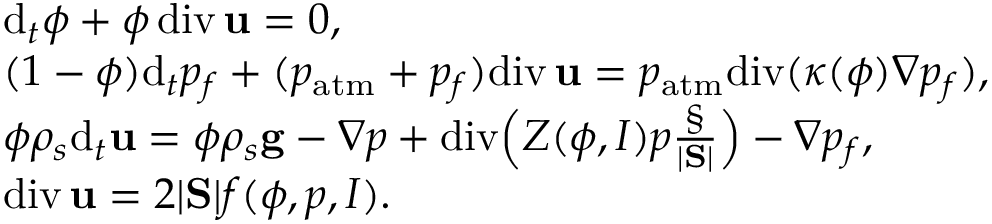
\begin{array} { r l } & { \mathrm d _ { t } \phi + \phi \, \mathrm { d i v } \, { \bf u } = 0 , } \\ & { ( 1 - \phi ) \mathrm d _ { t } p _ { f } + ( p _ { \mathrm { a t m } } + p _ { f } ) \mathrm { d i v } \, { \bf u } = p _ { \mathrm { a t m } } \mathrm { d i v } ( \kappa ( \phi ) \nabla p _ { f } ) , } \\ & { \phi \rho _ { s } \mathrm d _ { t } { \bf u } = \phi \rho _ { s } { \bf g } - \nabla p + \mathrm { d i v } \Big ( Z ( \phi , I ) p \frac { \S } { | \mathrm { \bf S } | } \Big ) - \nabla p _ { f } , } \\ & { \mathrm { d i v } \, { \bf u } = 2 | \mathrm { \bf S } | f ( \phi , p , I ) . } \end{array}